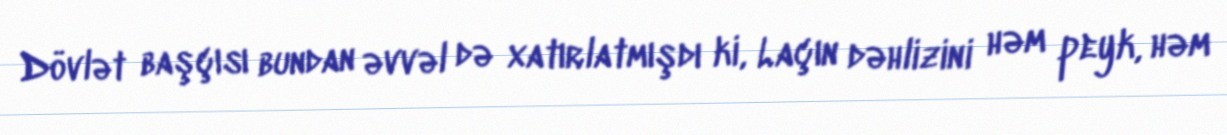
Dövlət başçısı bundan əvvəl də xatırlatmışdı ki, Laçın dəhlizini həm peyk, həm